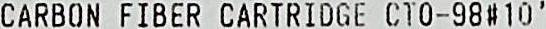
CARBON FIBER CARTRIDGE CTO-98#10 '